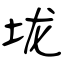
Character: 垅